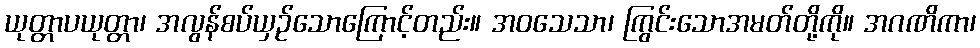
ယုတ္တာပယုတ္တာ၊ အလွန်စပ်ယှဉ်သောကြောင့်တည်း။ အဝသေသာ၊ ကြွင်းသောအမတ်တို့ကို။ အဂဏိကာ၊